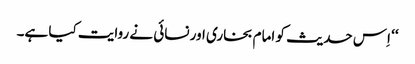
‘‘ اِس حدیث کو امام بخاری اور نسائی نے روایت کیا ہے۔